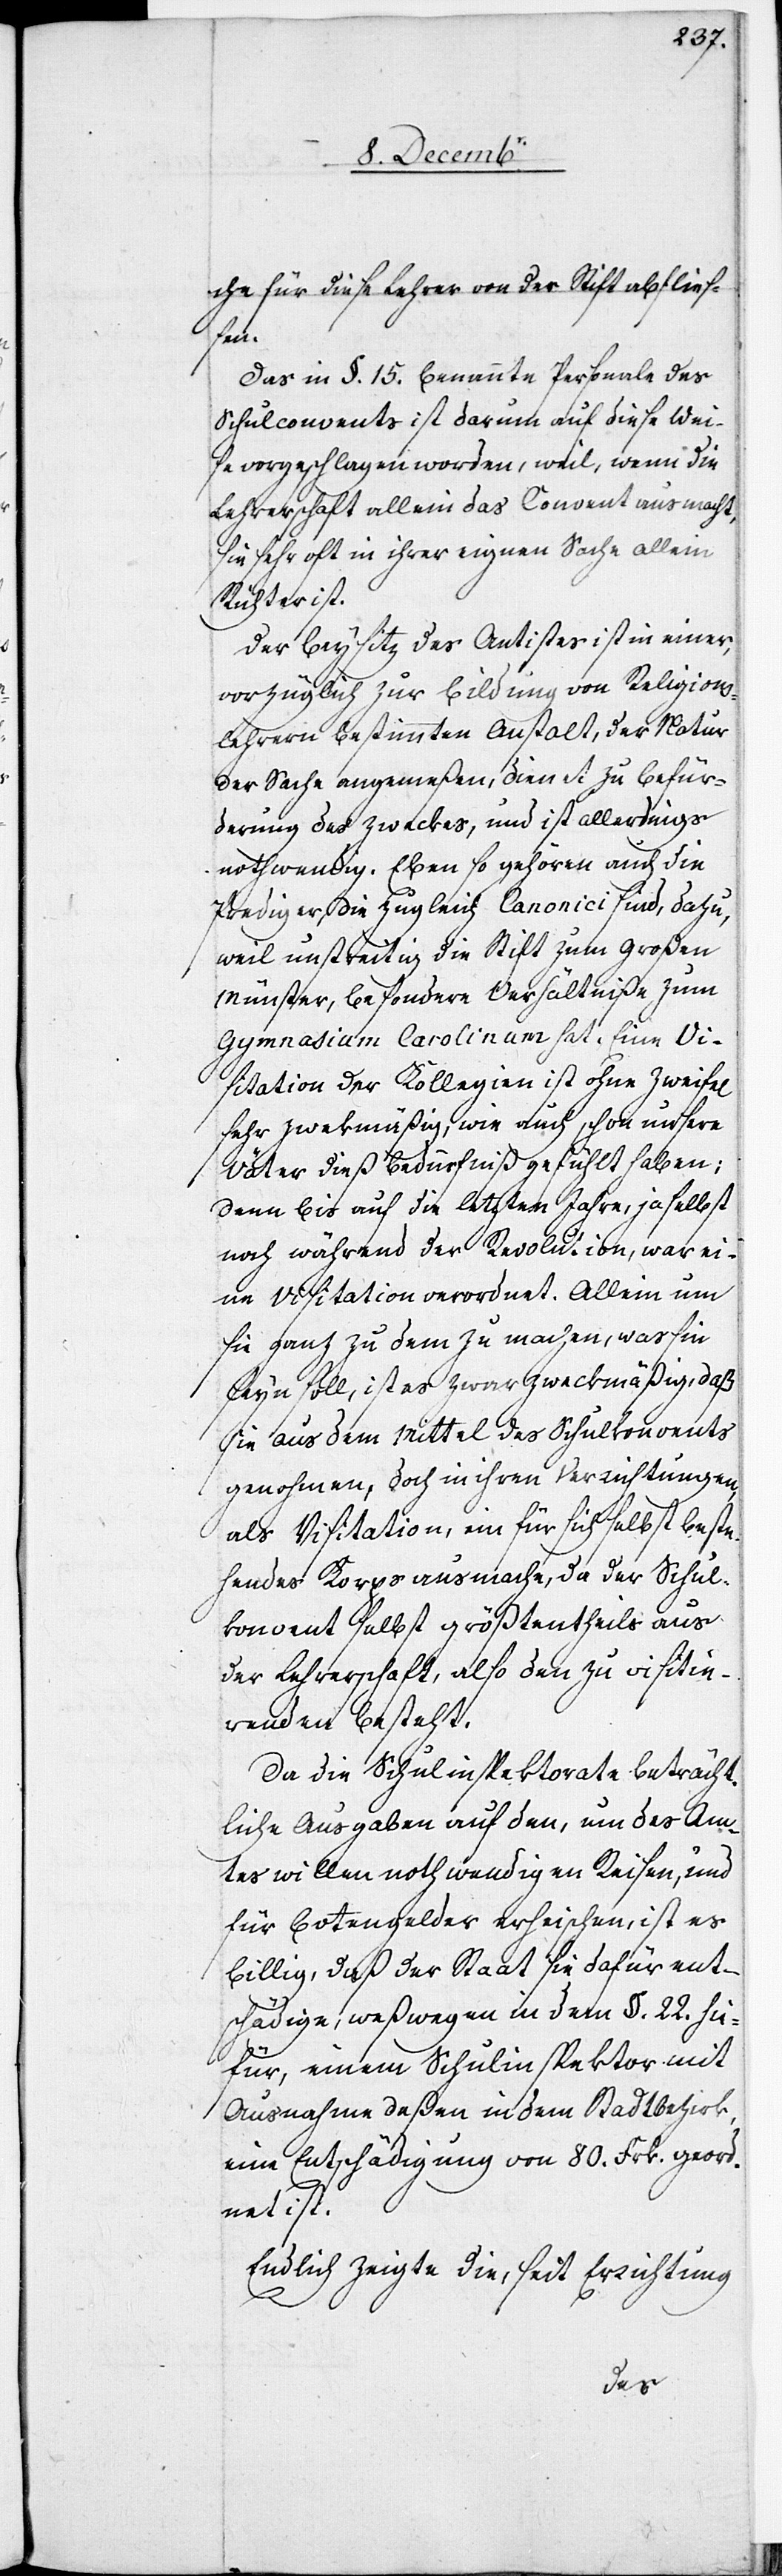
che für diese Lehrer von der Stift abfließ¬
en.
Das im §. 15. benannte Personale des
Schulconvents ist darum auf diese Wei¬
se vorgeschlagen worden, weil, wenn die
Lehrerschaft allein das Convent ausmacht,
sie sehr oft in ihrer eignen Sache allein
Richter ist.
Der Beysitz des Antistes ist in einer,
vorzüglich zur Bildung von Religions¬
lehrern bestimmten Anstalt, der Natur
der Sache angemeßen, dient zu Befür¬
derung des Zweckes, und ist allerdings
nothwendig. Eben so gehören auch die
Prediger, die zugleich Canonici sind, dazu,
weil unstreitig die Stift zum Großen
Münster, besondere Verhältniße zum
Gymnasium Carolinum hat. Eine Vi¬
sitation der Kollegien ist ohne Zweifel
sehr zwekmäßig, wie auch schon unsere
Väter dieß Bedürfniß gefühlt haben;
denn bis auf die letzten Jahre, ja selbst
noch während der Revolution, war ei¬
ne Visitation verordnet. Allein um
sie ganz zu dem zu machen, was sie
seyn soll, ist es zwar zweckmäßig, daß
sie aus dem Mittel des Schulkonvents
genohmen, doch in ihren Verrichtungen,
als Visitation, ein für sich selbst beste¬
hendes Korps ausmache, da der Schul¬
konvent selbst größtentheils aus
der Lehrerschaft, also den zu visitie¬
renden besteht.
Da die Schulinspektorate beträcht¬
liche Ausgaben auf den, um des Am¬
tes willen nothwendigen Reisen, und
für Botengelder erheischen, ist es
billig, daß der Staat sie dafür ent¬
schädige, weßwegen in dem §. 22. hie¬
für, einem Schulinspektor mit
Ausnahme deßen in dem Stadtbezirk,
eine Entschädigung von 80. Frk. geor¬
dnet ist.
Endlich zeigte die, seit Errichtung